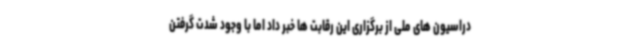
دراسیون های ملی از برگزاری این رقابت ها خبر داد اما با وجود شدت گرفتن